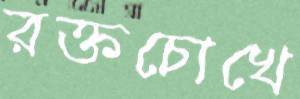
রক্তচোখে